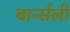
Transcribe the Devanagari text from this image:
बार्न्सली